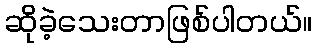
ဆိုခဲ့သေးတာဖြစ်ပါတယ်။